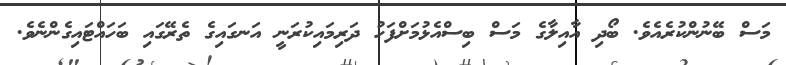
މަސް ބޭނުންކުރެއެވެ. ބޯދި އާއިލާގެ މަސް ބިސްއެޅުމަށްފަހު ދަރިމައިކުރަނީ އަނގައިގެ ތެރޭގައި ބަހައްޓައިގެންނެވެ.